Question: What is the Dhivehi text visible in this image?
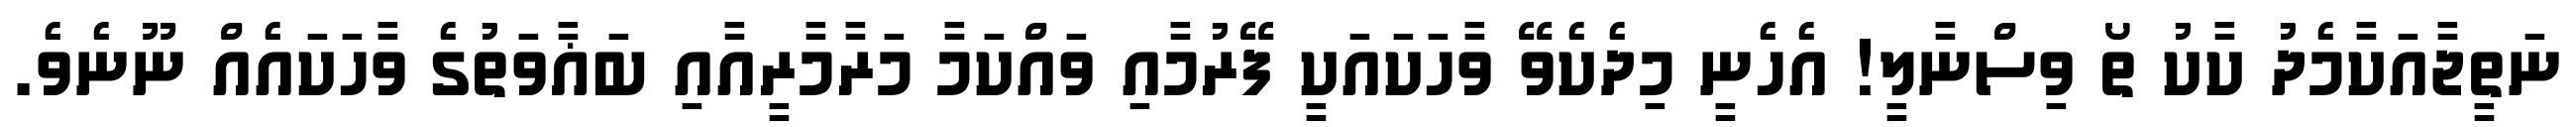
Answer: ނަތީޖާއަކާމެދު ކާކު ތޯ ވިސްނާލީ! އެހެނީ މިދެކެވޭ ވާހަކައަކީ ފޭރުމާއި ވައްކަމާ މަރާމާރީއާއި ބަޣާވަތުގެ ވާހަކައެއް ނޫނެވެ.